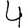
Digit: 4